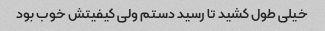
خیلی طول کشید تا رسید دستم ولی کیفیتش خوب بود